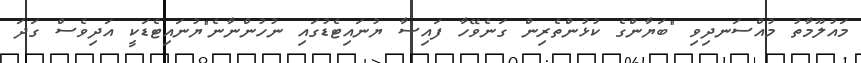
މައުލޫމާތު މުއްސަނދިވި "ބަޔާންގެ ކުޅުންތެރިން ގަނެވޭހާ ފައިސާ ޔުނައިޓެޑުގައި ނުހުންނާނެ"ޔުނައިޓެޑަކީ އަދިވެސް ގަދަ